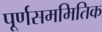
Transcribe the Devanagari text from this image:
पूर्णसममितिक